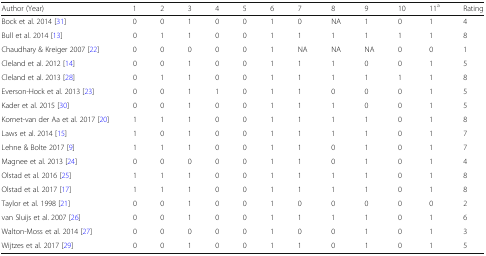
<table><thead><tr><td><b>Author (Year)</b></td><td><b>1</b></td><td><b>2</b></td><td><b>3</b></td><td><b>4</b></td><td><b>5</b></td><td><b>6</b></td><td><b>7</b></td><td><b>8</b></td><td><b>9</b></td><td><b>10</b></td><td><b>11<sup>a</sup></b></td><td><b>Rating</b></td></tr></thead><tbody><tr><td>Bock et al. 2014 [31]</td><td>0</td><td>0</td><td>1</td><td>0</td><td>0</td><td>1</td><td>0</td><td>NA</td><td>1</td><td>0</td><td>1</td><td>4</td></tr><tr><td>Bull et al. 2014 [13]</td><td>0</td><td>1</td><td>1</td><td>0</td><td>0</td><td>1</td><td>1</td><td>1</td><td>1</td><td>1</td><td>1</td><td>8</td></tr><tr><td>Chaudhary &amp; Kreiger 2007 [22]</td><td>0</td><td>0</td><td>0</td><td>0</td><td>0</td><td>1</td><td>NA</td><td>NA</td><td>NA</td><td>0</td><td>0</td><td>1</td></tr><tr><td>Cleland et al. 2012 [14]</td><td>0</td><td>0</td><td>1</td><td>0</td><td>0</td><td>1</td><td>1</td><td>1</td><td>0</td><td>0</td><td>1</td><td>5</td></tr><tr><td>Cleland et al. 2013 [28]</td><td>0</td><td>1</td><td>1</td><td>0</td><td>0</td><td>1</td><td>1</td><td>1</td><td>1</td><td>1</td><td>1</td><td>8</td></tr><tr><td>Everson-Hock et al. 2013 [23]</td><td>0</td><td>0</td><td>1</td><td>1</td><td>0</td><td>1</td><td>1</td><td>0</td><td>0</td><td>0</td><td>1</td><td>5</td></tr><tr><td>Kader et al. 2015 [30]</td><td>0</td><td>0</td><td>1</td><td>0</td><td>0</td><td>1</td><td>1</td><td>1</td><td>0</td><td>0</td><td>1</td><td>5</td></tr><tr><td>Kornet-van der Aa et al. 2017 [20]</td><td>1</td><td>1</td><td>1</td><td>0</td><td>0</td><td>1</td><td>1</td><td>1</td><td>1</td><td>0</td><td>1</td><td>8</td></tr><tr><td>Laws et al. 2014 [15]</td><td>1</td><td>0</td><td>1</td><td>0</td><td>0</td><td>1</td><td>1</td><td>1</td><td>1</td><td>0</td><td>1</td><td>7</td></tr><tr><td>Lehne &amp; Bolte 2017 [9]</td><td>1</td><td>1</td><td>1</td><td>0</td><td>0</td><td>1</td><td>1</td><td>0</td><td>1</td><td>0</td><td>1</td><td>7</td></tr><tr><td>Magnee et al. 2013 [24]</td><td>0</td><td>0</td><td>0</td><td>0</td><td>0</td><td>1</td><td>1</td><td>0</td><td>1</td><td>0</td><td>1</td><td>4</td></tr><tr><td>Olstad et al. 2016 [25]</td><td>1</td><td>1</td><td>1</td><td>0</td><td>0</td><td>1</td><td>1</td><td>1</td><td>1</td><td>0</td><td>1</td><td>8</td></tr><tr><td>Olstad et al. 2017 [17]</td><td>1</td><td>1</td><td>1</td><td>0</td><td>0</td><td>1</td><td>1</td><td>1</td><td>1</td><td>0</td><td>1</td><td>8</td></tr><tr><td>Taylor et al. 1998 [21]</td><td>0</td><td>0</td><td>1</td><td>0</td><td>0</td><td>1</td><td>0</td><td>0</td><td>0</td><td>0</td><td>0</td><td>2</td></tr><tr><td>van Sluijs et al. 2007 [26]</td><td>0</td><td>0</td><td>1</td><td>0</td><td>0</td><td>1</td><td>1</td><td>1</td><td>1</td><td>0</td><td>1</td><td>6</td></tr><tr><td>Walton-Moss et al. 2014 [27]</td><td>0</td><td>0</td><td>0</td><td>0</td><td>0</td><td>1</td><td>0</td><td>0</td><td>1</td><td>0</td><td>1</td><td>3</td></tr><tr><td>Wijtzes et al. 2017 [29]</td><td>0</td><td>0</td><td>1</td><td>0</td><td>0</td><td>1</td><td>1</td><td>0</td><td>1</td><td>0</td><td>1</td><td>5</td></tr></tbody></table>